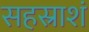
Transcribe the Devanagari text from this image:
सहस्राशं